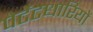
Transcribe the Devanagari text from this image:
पेटेंटधारियों